Civil Veterinary Dept. Assam report 1911-1927 - 1911-1927
Year: 1911
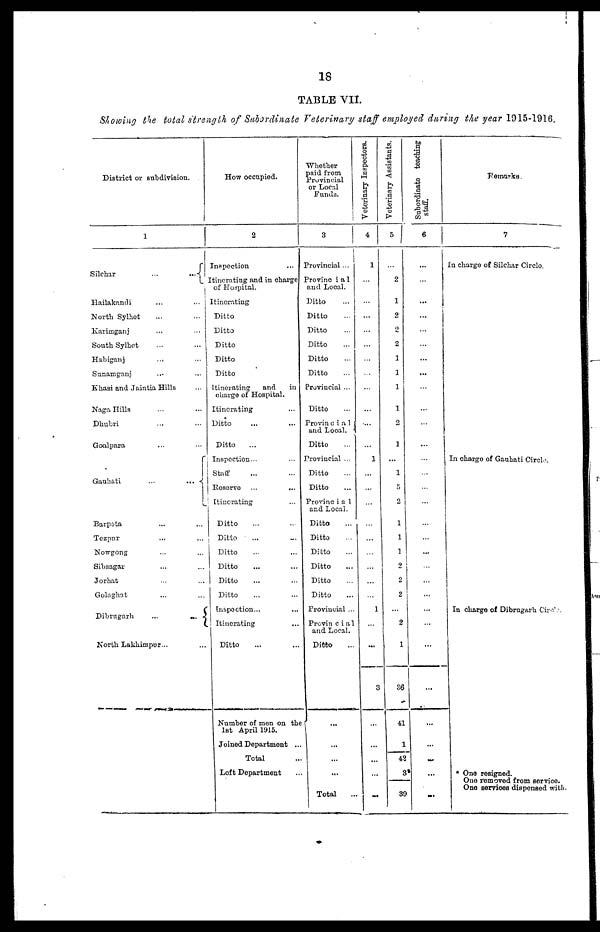
18
TABLE VII.
Showing the total strength of Subordinate Veterinary staff employed, during the year 1915-1916.
District or subdivision.
1
Silchar
...
...
Hailakandi ... ...
North Sylhet ... ...
Karimganj ... ...
South Sylhet ... ...
Habiganj
...
...
Sunamganj
... ...
Khasi and Jaintia Hills ...
Naga Hills ... ...
Dhubri ... ...
Goalpara ... ...
Gauhati
...
...
Tezpur ... ...
Nowgong ... ...
Sibsagar ... ...
Jorhat
Golaghat
Dibrngarh
...
...
North Lakhimpur...
How occupied.
2
Inspection
Itinerating and in charge
of Hospital.
Itinerating
Ditto
Ditto
Ditto
Ditto
Ditto
Itinerating
and
in
charge of Hospital.
Itinerating
Ditto
Ditto
Inspection...
Staff
Reservo ...
...
[Uncrating
Ditto
Ditto
... ...
Ditto
Ditto
Ditto
Ditto
Inspection...
Itinerating
...
Ditto
Number of men on the
1st April 1915.
Joined Department ...
Total
Loft Department
Whether
paid from
Provincial
or Local
Funds.
3
Provincial...
Provincial
and Local.
Ditto
Ditto
Ditto
Ditto
Ditto
Ditto
Provincial ...
Ditto
Provincia1
and Local.
Ditto
Provincial ...
Ditto
Ditto
Provincial
and Local.
Ditto
Ditto
Ditto
Ditto
Ditto
Ditto
Provincial ...
Provincial
and Local.
Ditto
...
...
...
...
Total
Veterinary Inspectors.
4
1
...
...
...
...
...
...
...
...
...
...
1
...
...
...
...
...
...
1
...
...
3
...
...
...
...
1
...
Veterinary Assistants.
5
2
1
2
2
2
1
1
1
1
2
1
...
1
5
2
1
1
1
2
2
2
...
2
1
36
41
1
42
3
39
Subordinate
6
...
...
...
...
...
...
...
...
...
...
...
...
...
...
...
...
...
...
...
...
...
...
...
...
...
...
Remarks.
7
In charge of Silchar Circle.
In charge of Gauhati Circle.
In charge of Dibrugarh Circk
* One resigned.
One removed from service.
One services dispensed with.